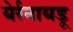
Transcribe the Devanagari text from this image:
येर्रनायडू